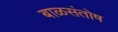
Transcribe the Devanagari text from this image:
बाळसंतोष